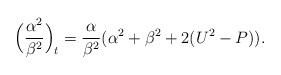
LaTeX: \begin{align*} \Big(\frac{\alpha^2}{\beta^2}\Big)_t=\frac{\alpha}{\beta^2}(\alpha^2+\beta^2+2(U^2-P)).\end{align*}